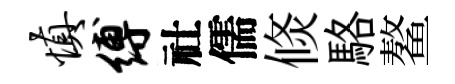
慎缚社儒倐駱鳌